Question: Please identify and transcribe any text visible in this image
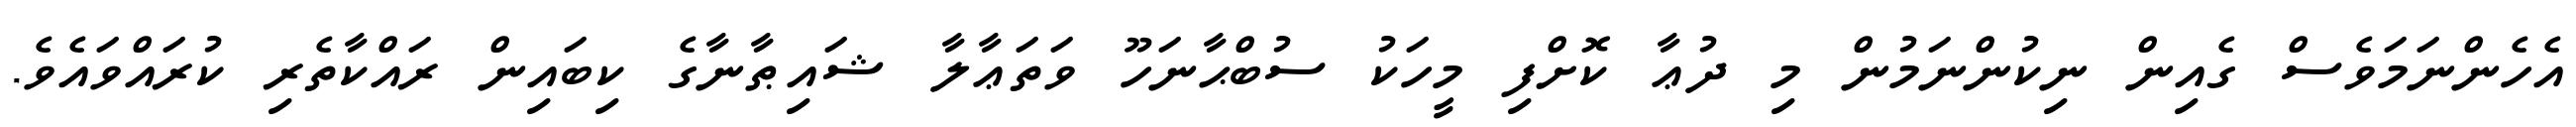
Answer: އެހެންނަމަވެސް ގެއިން ނިކުންނަމުން މި ދުޢާ ކޮށްފި މީހަކު ސުބްޙާނަހޫ ވަތަޢާލާ ޝައިޠާނާގެ ކިބައިން ރައްކާތެރި ކުރައްވައެވެ.